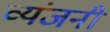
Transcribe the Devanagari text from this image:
व्यंजनी